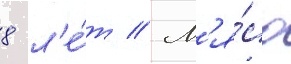
8 л'е́т // М'я́со